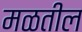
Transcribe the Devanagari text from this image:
मळतील